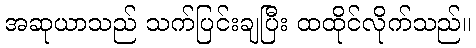
အဆုယာသည် သက်ပြင်းချပြီး ထထိုင်လိုက်သည်။